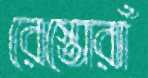
রেস্তোরাঁ